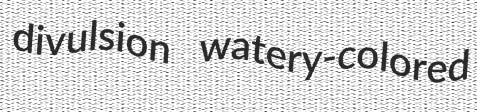
divulsion watery-colored